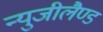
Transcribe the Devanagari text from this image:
न्युजीलैण्ड